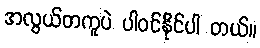
အလွယ်တကူပဲ ပါဝင်နိုင်ပါ တယ်။